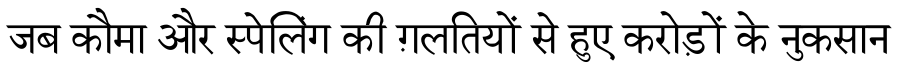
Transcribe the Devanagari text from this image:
जब कौमा और स्पेलिंग की ग़लतियों से हुए करोड़ों के नुकसान